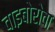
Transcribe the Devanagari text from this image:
वाइबोरोवा